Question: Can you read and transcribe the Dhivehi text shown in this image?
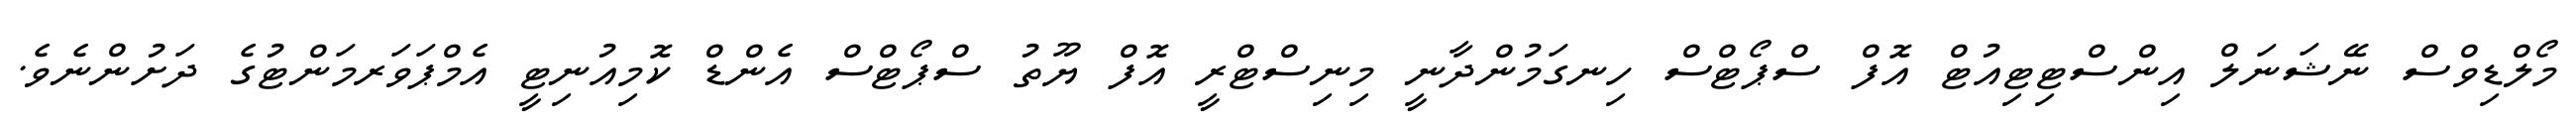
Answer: މޯލްޑިވްސް ނޭޝަނަލް އިންސްޓިޓިއުޓް އޮފް ސްޕޯޓްސް ހިނގަމުންދާނީ މިނިސްޓްރީ އޮފް ޔޫތު ސްޕޯޓްސް އެންޑް ކޮމިއުނިޓީ އެމްޕަވަރމަންޓުގެ ދަށުންނެވެ.